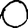
Digit: 0